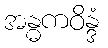
အန္ဓကဝိန္ဒံ